Annual report of the Punjab Veterinary College and of the Civil Veterinary Department, Punjab - 1894-1908
Year: 1894
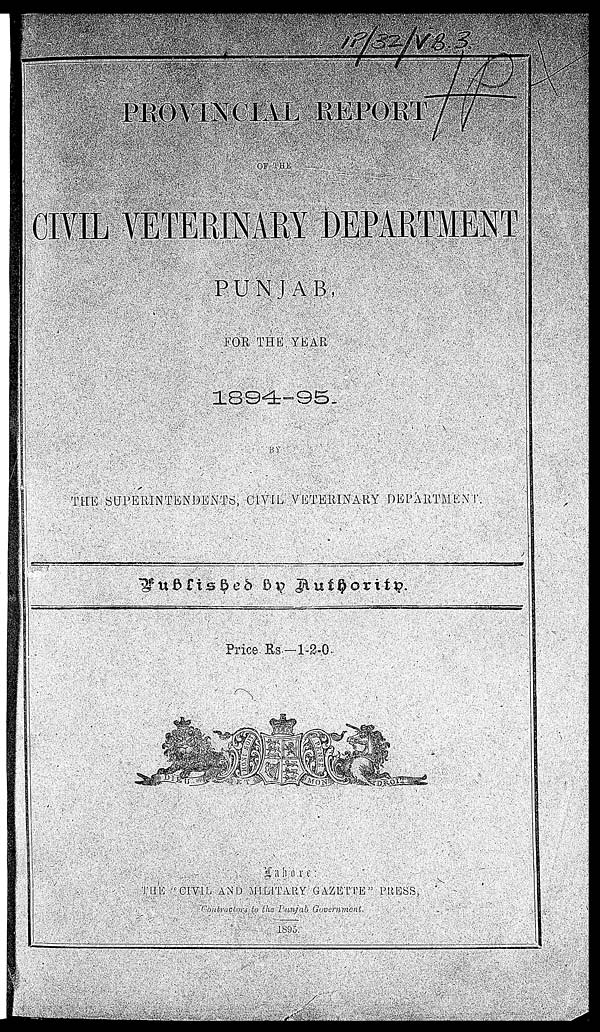
PROVINCIAL REPORT
OF THE
CIVIL VETERINARY DEPARTMENT
PUNJAB,
FOR THE YEAR
1894-95
BY
THE SUPERINTENDENTS, CIVIL VETERINARY DEPARTMENT.
Published by Authority.
Price Rs.—1-2-0.
Lahore:
THE "CIVIL AND MILITARY GAZETTE" PRESS,
Contructors to the Punjab Government.
1895.